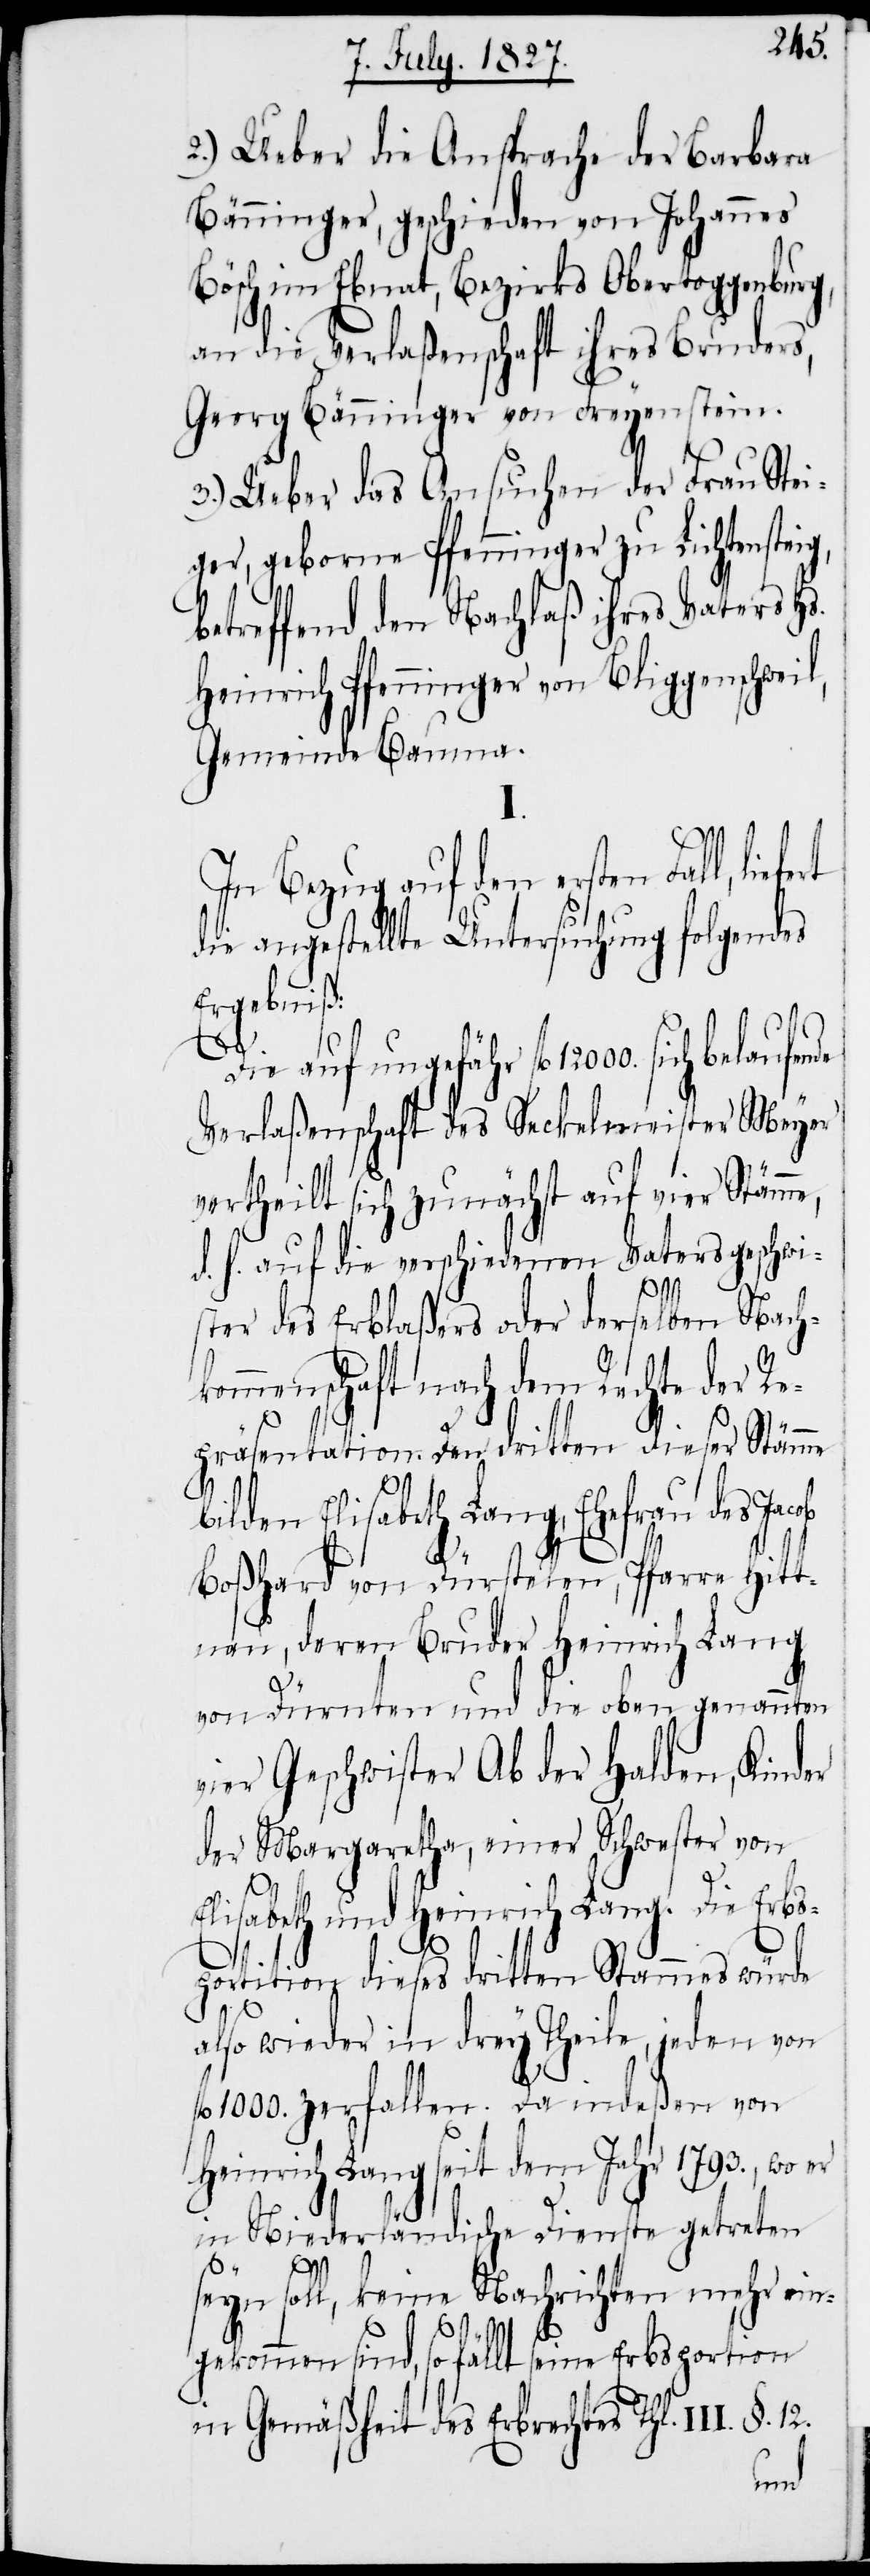
bi¬
2.) Ueber die Ansprache der Barbara
Bänninger, geschieden von Johannes
Bösch im Ebnat, Bezirks Obertoggenburg,
an die Verlaßenschaft ihres Bruders,
Georg Bänninger von Freyenstein.
3.) Ueber das Ansuchen der Frau Stei¬
ger, geborne Pfenninger zu Lichtenstei¬
betreffend den Nachlaß ihres Vaters Hs.
Heinrich Pfenninger von Bliggenschwei¬
Gemeinde Bauma.
In Bezug auf den ersten Fall, lie¬
die angestellte Untersuchung folgendes
Ergebniß:
Die auf ungefähr fl. 12000. sich belaufende
Verlaßenschaft des Seckelmeister Meyer
vertheilt sich zunächst auf vier Stämme,
d. h. auf die verschiedenen Vatersgeschwi¬
§. 12.
ster des Erblaßers oder derselben Nachk¬
ommenschaft nach dem Rechte der R¬
epräsentation. Den dritten dieser Stämme
lden Elisabeth Lang, Ehefrau des Ja¬
Boßhard von Dürstelen, Pfarre Hitt¬
nau, deren Bruder Heinrich Lang
von Dürnten und die oben genannten
vier Geschwister Ab der Halden, Kinder
der Margaretha, einer Schwester von
isabeth und Heinrich Lang. Die Erb¬
sportition dieses dritten Stammes würde
also wieder in drey Theile, jeden von
fl. 1000. zerfallen. Da indeßen von
Heinrich Lang seit dem Jahr 1793., wo
in Niederländische Dienste getreten
I.
El¬
seyn soll, keine Nachrichten mehr ein¬
gekommen sind, so fällt seine Erbsportion
in Gemäßheit des Erbrechtes Thl.